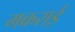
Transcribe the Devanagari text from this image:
मकराई